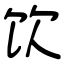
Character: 饮